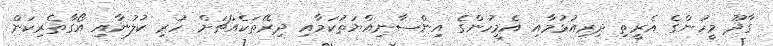
ގާދޫ މީހުންގެ އެރީތި ދިރިއުޅުމާއި އެމީހުންގެ އިންސާނިއްޔަތުކަމާއި ދިރޭތަކެއްޗަށް ހުރި ކުލުނާއި އޯގާތެރިކަން